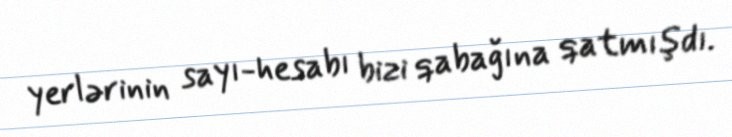
yerlərinin sayı-hesabı bizi qabağına qatmışdı.